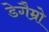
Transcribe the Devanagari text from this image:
डेगैम्रो